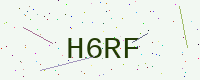
Text: H6RF